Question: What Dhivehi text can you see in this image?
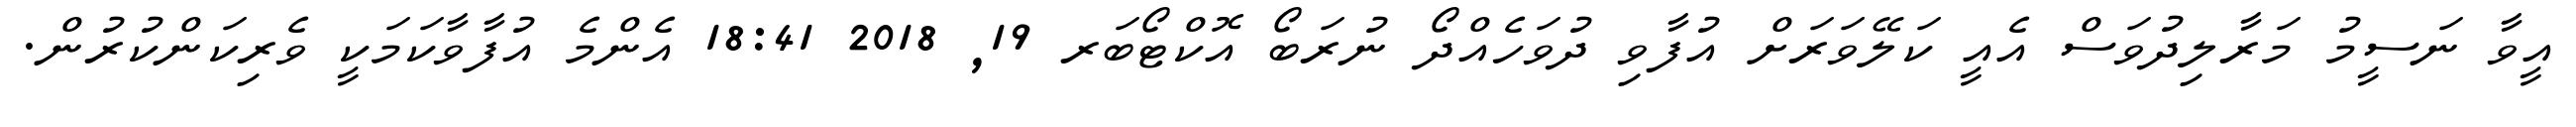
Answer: އީވާ ނަސީމު މަރާލިދުވަސް އެއީ ކަލޭވަރަށް އުފާވި ދުވަހެއްދޯ ނުރަބޯ އޮކްޓޯބަރ 19, 2018 18:41 އެންމެ އުފާވާކަމަކީ ވެރިކަންކުރުން.